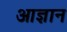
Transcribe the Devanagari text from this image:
आज्ञान